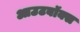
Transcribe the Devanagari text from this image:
आउटबॉक्स